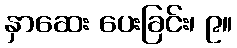
နှာဆေး ပေးခြင်း၊ ၉။